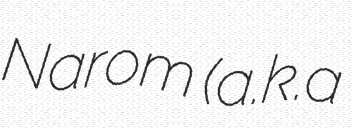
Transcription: Narom (a.k.a